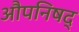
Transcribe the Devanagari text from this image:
औपनिषद्